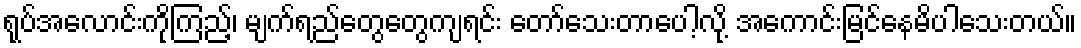
ရုပ်အလောင်းကိုကြည့်၊ မျက်ရည်တွေတွေကျရင်း တော်သေးတာပေါ့လို့ အကောင်းမြင်နေမိပါသေးတယ်။